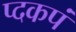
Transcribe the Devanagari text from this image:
प्दकपं